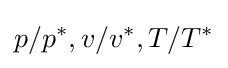
p/p^{*},v/v^{*},T/T^{*}